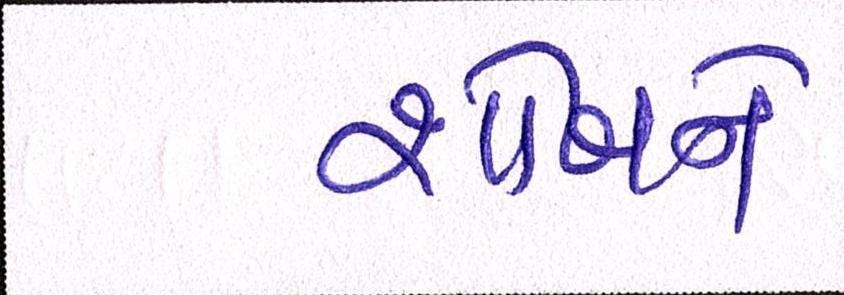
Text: શોખને